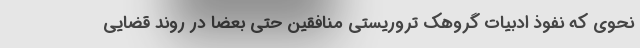
نحوی که نفوذ ادبیات گروهک تروریستی منافقین حتی بعضا در روند قضایی